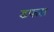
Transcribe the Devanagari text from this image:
डफस